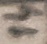
Text: 14